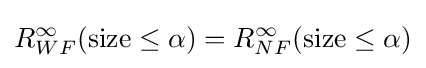
R_{WF}^{\infty }({\text{size}}\leq \alpha )=R_{NF}^{\infty }({\text{size}}\leq \alpha )